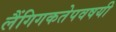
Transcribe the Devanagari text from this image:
लैंगिगकतेपवषयी